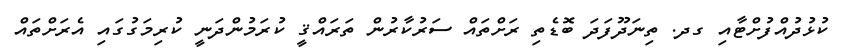
ކުޅުދުއްފުށްޓާއި ގދ. ތިނަދޫފަދަ ބޮޑެތި ރަށްތައް ސަރުކާރުން ތަރައްޤީ ކުރަމުންދަނީ ކުރިމަގުގައި އެރަށްތައް